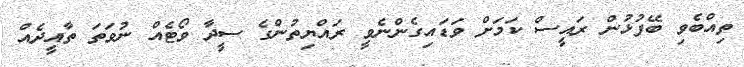
ތިއްބެވި ބޭފުޅުން ރައީސް ކަމަށް ވަޑައިގެންނެވީ ރައްޔިތުންގެ ސީދާ ވޯޓެއް ނުވަތަ ތާއީދެއް